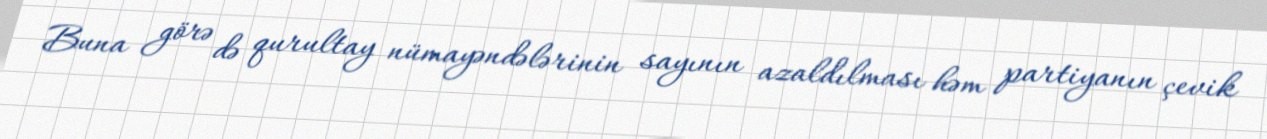
Buna görə də qurultay nümayəndələrinin sayının azaldılması həm partiyanın çevik